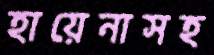
হায়েনাসহ